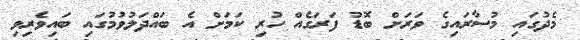
މެދުގައި މުސާރައިގެ ވަރަށް ބޮޑު ފަރަގެއް ހުރި ކަމަށް އެ ބައްދަލުވުމުގައި ބައިވެރިވި